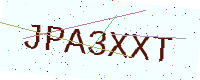
Text: JPA3XXT